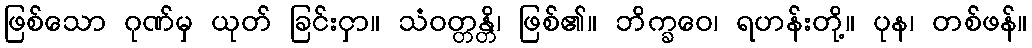
ဖြစ်သော ဂုဏ်မှ ယုတ် ခြင်းငှာ။ သံဝတ္တန္တိ၊ ဖြစ်၏။ ဘိက္ခဝေ၊ ရဟန်းတို့။ ပုန၊ တစ်ဖန်။